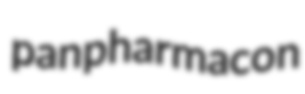
panpharmacon